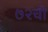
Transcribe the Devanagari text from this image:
७२ची